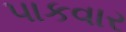
પાકવાર